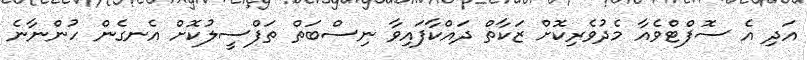
އަދި އެ ސޮފްޓްވެއާ މެދުވެރިކޮށް ޒަކާތް ދައްކާފައިވާ ނިސްބަތް ތަފްސީލުކޮށް އެނގެން ހުންނާނެ